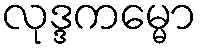
လုဒ္ဒကမ္မော